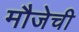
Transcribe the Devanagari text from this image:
मौजेची